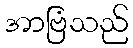
အာဗြံသည်